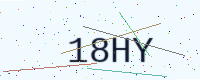
Text: 18HY